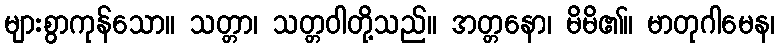
များစွာကုန်သော။ သတ္တာ၊ သတ္တဝါတို့သည်။ အတ္တနော၊ မိမိ၏။ မာတုဂါမေန၊